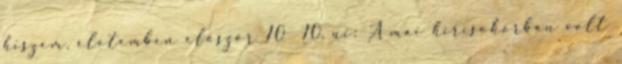
hiszem, életemben először 10 10. ui: A mai hírcsokorban volt